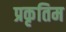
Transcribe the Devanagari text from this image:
प्रकृतिम